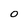
Character: o